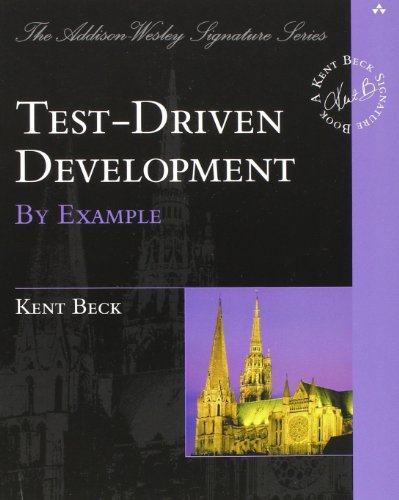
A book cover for Test Driven Development: By Example; Kent Beck; Computers & Technology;